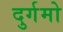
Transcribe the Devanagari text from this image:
दुर्गमो